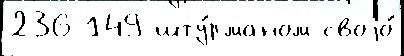
236 149 шту́рманом своjо́